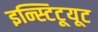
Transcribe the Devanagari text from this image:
इन्स्टिटूयूट